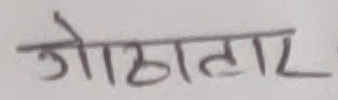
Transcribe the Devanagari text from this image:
ठेकेदार